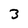
Character: 3